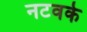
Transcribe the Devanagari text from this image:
नटवर्क